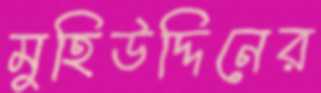
মুহিউদ্দিনের